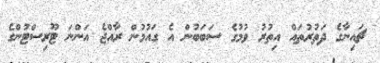
ޗައިނާގެ ދަތުރުތައް އިތުރު ވުމުގެ ސަބަބުން އެ ގައުމުން ރާއްޖެ އަންނަ ޓޫރިސްޓުންގެ